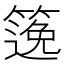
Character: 𥱃